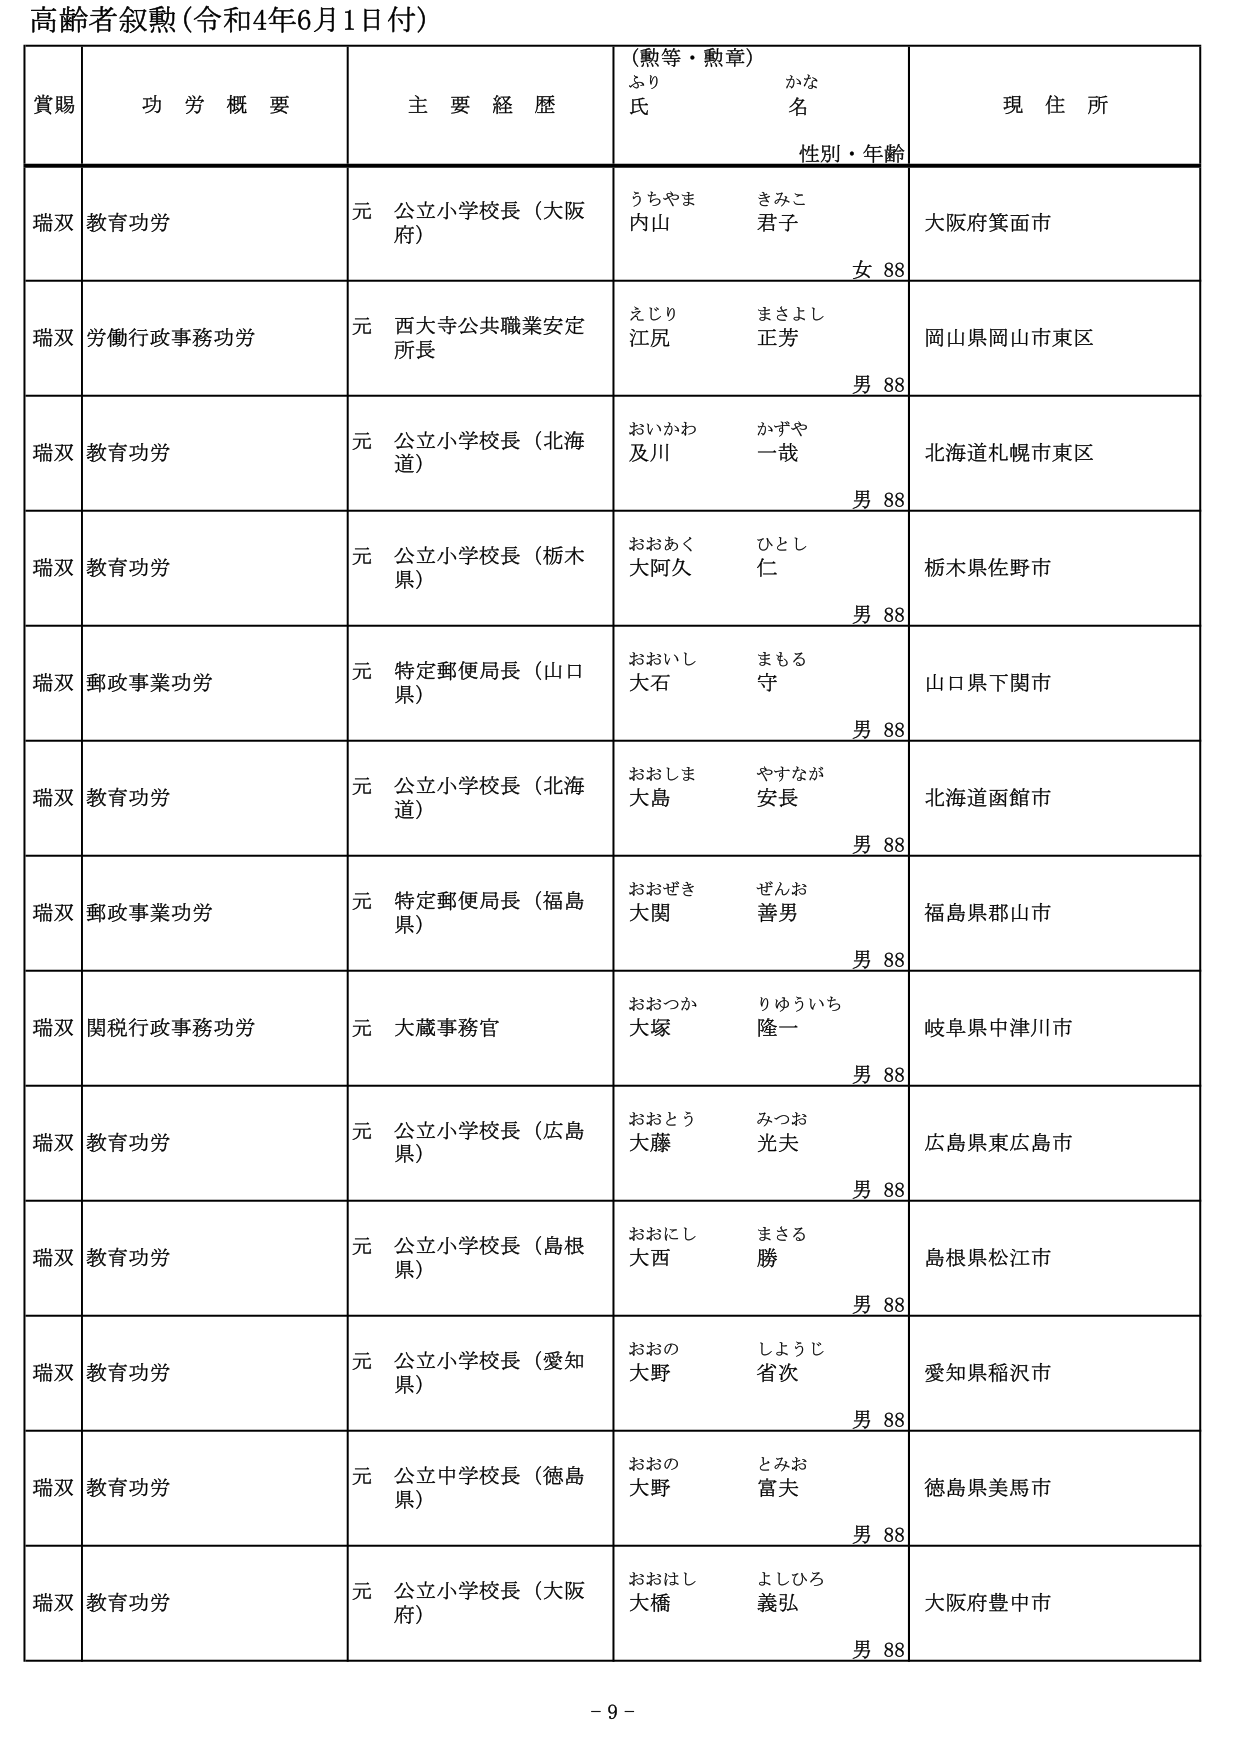
高齢者叙勲（令和4年6月1日付）

賞賜　　功労概要　　主要経歴　　（勲等・勲章）　　現住所
　　　　　　　　　　　　　　ふり　　　かな
　　　　　　　　　　　　　　氏　　　　名
　　　　　　　　　　　　　　　　　　　性別・年齢

瑞双　教育功労　　元 公立小学校長（大阪府）　　うちやま　きみこ　　大阪府箕面市
　　　　　　　　　　　　　　　　　　　　　　内山　　君子　　　　　　女 88

瑞双　労働行政事務功労　　元 西大寺公共職業安定所長　　えじり　まさよし　　岡山県岡山市東区
　　　　　　　　　　　　　　　　　　　　　　　　江尻　　正芳　　　　　　男 88

瑞双　教育功労　　元 公立小学校長（北海道）　　おいかわ　かずや　　北海道札幌市東区
　　　　　　　　　　　　　　　　　　　　　　　　及川　　一哉　　　　　　男 88

瑞双　教育功労　　元 公立小学校長（栃木県）　　おおあく　ひとし　　栃木県佐野市
　　　　　　　　　　　　　　　　　　　　　　　　大阿久　　仁　　　　　　男 88

瑞双　郵政事業功労　　元 特定郵便局長（山口県）　　おおいし　まもる　　山口県下関市
　　　　　　　　　　　　　　　　　　　　　　　　大石　　守　　　　　　男 88

瑞双　教育功労　　元 公立小学校長（北海道）　　おおしま　やすなが　　北海道函館市
　　　　　　　　　　　　　　　　　　　　　　　　大島　　安長　　　　　　男 88

瑞双　郵政事業功労　　元 特定郵便局長（福島県）　　おおぜき　ぜんお　　福島県郡山市
　　　　　　　　　　　　　　　　　　　　　　　　大関　　善男　　　　　　男 88

瑞双　関税行政事務功労　　元 大蔵事務官　　おおつか　りゅういち　　岐阜県中津川市
　　　　　　　　　　　　　　　　　　　　　　　　大塚　　隆一　　　　　　男 88

瑞双　教育功労　　元 公立小学校長（広島県）　　おおとう　みつお　　広島県東広島市
　　　　　　　　　　　　　　　　　　　　　　　　大藤　　光夫　　　　　　男 88

瑞双　教育功労　　元 公立小学校長（島根県）　　おおにし　まさる　　島根県松江市
　　　　　　　　　　　　　　　　　　　　　　　　大西　　勝　　　　　　男 88

瑞双　教育功労　　元 公立小学校長（愛知県）　　おおの　しょうじ　　愛知県稲沢市
　　　　　　　　　　　　　　　　　　　　　　　　大野　　省次　　　　　　男 88

瑞双　教育功労　　元 公立中学校長（徳島県）　　おおの　とみお　　徳島県美馬市
　　　　　　　　　　　　　　　　　　　　　　　　大野　　富夫　　　　　　男 88

瑞双　教育功労　　元 公立小学校長（大阪府）　　おおはし　よしひろ　　大阪府豊中市
　　　　　　　　　　　　　　　　　　　　　　　　大橋　　義弘　　　　　　男 88

- 9 -